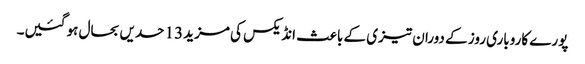
پورے کاروباری روز کے دوران تیزی کے باعث انڈیکس کی مزید 13 حدیں بحال ہو گئیں۔